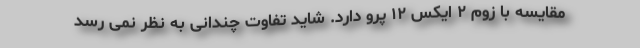
مقایسه با زوم ۲ ایکس ۱۲ پرو دارد. شاید تفاوت چندانی به نظر نمی رسد